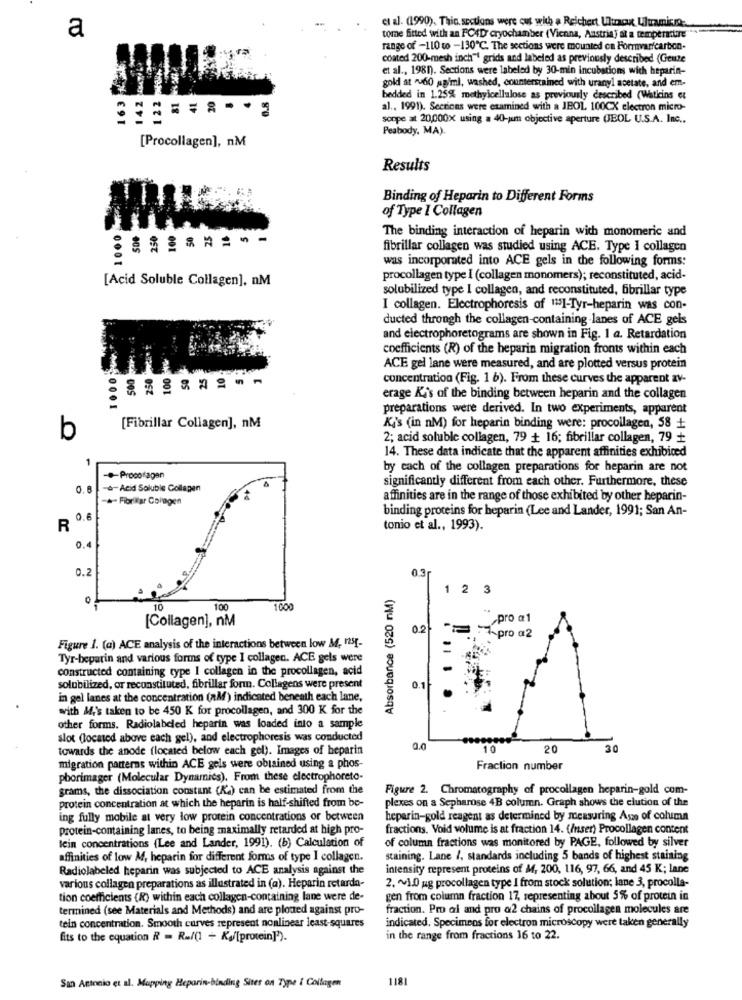
et al. (1990), Thin sections were cut with a Reichert Uncx Ulumicro-
a
tome fitted with an FC4D cryochamber (Vienna, Austria) at a temperature"
range of -110 to -130℃. The sections were mounted ca Formvarfcarbon-
coated 200-mesh inch"" grids and labeled as previously described (Geuze
et al ., 1981). Sections were labeled by 30-min incubations with heparin-
gold at "60 agiml, washed, counterstained with uranyl acetate, and em-
bedded in 1.25% methylcellulose as previously described (Watkins et
16
al ., 1991). Sections were examined with a JBOL 100CX electron micro-
sonpe at 20,000x using a 40-um objective aperture (JEOL U.S.A. Inc ..
Peabody, MA)
[Procollagen], nM
Results
Binding of Heparin to Different Forms
of Type I Collagen
500
The binding interaction of heparin with monomeric and
fibrillar collagen was studied using ACE. Type I collagen
0001
was incorporated into ACE gels in the following forms:
[Acid Soluble Collagen], nM
procollagen type I (collagen monomers); reconstituted, acid-
solubilized type I collagen, and reconstituted, fibrillar type
I collagen. Electrophoresis of 135]-Tyr-heparin was con-
ducted through the collagen-containing lanes of ACE gels
and electrophoretograms are shown in Fig. 1 a. Retardation
coefficients (R) of the heparin migration fronts within each
250
ACE gel lane were measured, and are plotted versus protein
concentration (Fig. 1 6). From these curves the apparent av-
erage Kis of the binding between heparin and the collagen
preparations were derived. In two experiments, apparent
[Fibrillar Collagen], nM
Ki's (in nM) for heparin binding were: procollagen, 58 +
b
2; acid soluble collagen, 79 + 16; fibrillar collagen, 79 +
14. These data indicate that the apparent affinities exhibiced
1
by each of the collagen preparations for heparin are not
-Procofagan
significantly different from each other. Furthermore, these
0
-à-Acid Soluble Collagen
& Fibrilar Collagen
affinities are in the range of those exhibited by other heparin-
binding proteins for heparin (Lee and Lander, 1991; San An-
0.6
R
tonio et al ., 1993).
0.4
0.2
0.3
Absorbance (520 nM)
1 2 3
10
100
1000
[Collagen], nM
" pro @1
02
pro @2
Figure 1. (a) ACE analysis of the interactions between low M, rest-
Tyr-beparin and various forms of type I collagen. ACE gels were
constructed containing type I collagen in the procollagen, acid
0.1
solubilized, or reconstituted, fibrillar form. Collagens were present
in gel lanes at the concentration (RM) indicated beneath each lane,
with Mi's taken to be 450 K for procollagen, and 300 K for the
other forms. Radiolabeled heparin was loaded into a sample
slot (located above each gel), and electrophoresis was conducted
towards the anode (located below each gel). Images of heparin
0.0
10
20
30
migration patterns within ACE gels were obtained using a phos-
Fraction number
phorimager (Molecular Dynamics), From these electrophoreto-
grams, the dissociation constant (K2) can be estimated from the
Figure 2. Chromatography of procollagen heparin-gold com-
protein concentration at which the heparin is half-shifted from be-
plexes on a Sepharose 4B column. Graph shows the clution of the
ing fully mobile at very low protein concentrations or between
heparin-gold reagent as determined by measuring Asz of column
protein-containing lanes, to being maximally retarded at high pro-
fractions. Void volume is at fraction 14. (Inser) Procollagen content
lein concentrations (Lee and Lander, 1991). (b) Calculation of
of column fractions was monitored by PAGE, followed by silver
affinities of low M, heparin for different forms of type I collagen.
staining. Lane /, standards including 5 bands of highest staining
Radiolabeled heparin was subjected to ACE analysis against the
intensity represent proteins of M, 200, 116, 97, 66, and 45 K; lane
various collagen preparations as illustrated in (a). Heparin retarda-
2. ~ 1.0 g procollagen type I from stock solution; lane 3, procolla-
tion coefficients (R) within each collagen-containing lane were de-
gen from column fraction 17, representing about 5% of protein in
termined (see Materials and Methods) and are ploued against pro-
fraction. Pro al and pro a2 chains of procollagen molecules are
tein concentration. Smooth curves represent nonlinear least-squares
indicated. Specimens for electron microscopy were taken generally
fits to the equation R = R .. /(1 + Kg/[protein]').
in the range from fractions 16 to 22.
1181
San Antonio et al. Mapping Heparin-binding Sites on Type i Collagen